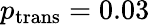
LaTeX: p_{\mathrm{trans}}=0.03